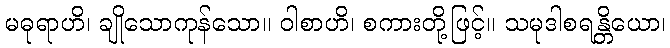
မဓုရာဟိ၊ ချိုသောကုန်သော။ ဝါစာဟိ၊ စကားတို့ဖြင့်။ သမုဒါစရန္တိယော၊